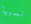
نسبيا